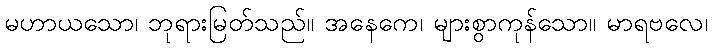
မဟာယသော၊ ဘုရားမြတ်သည်။ အနေကေ၊ များစွာကုန်သော။ မာရဗလေ၊